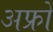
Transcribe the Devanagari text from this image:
अफ्रो